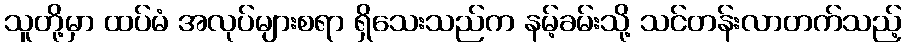
သူတို့မှာ ထပ်မံ အလုပ်များစရာ ရှိသေးသည်က နမ့်ခမ်းသို့ သင်တန်းလာတက်သည့်